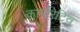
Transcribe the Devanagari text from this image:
कार्पोरेटिव